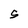
Character: S